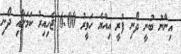
އިނާނު ބުނީ ދޯނި ފުރީ އިއްޔެ ހަވީރު 6:00 ޖެހިއިރު ކަމަށާއި ދޯނި